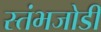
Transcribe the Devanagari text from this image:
स्तंभजोडी